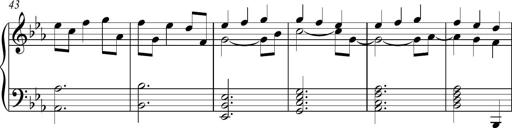
Title: Piano Sonatina in C
Composer: Daniel LÃ©o Simpson
Key: C major